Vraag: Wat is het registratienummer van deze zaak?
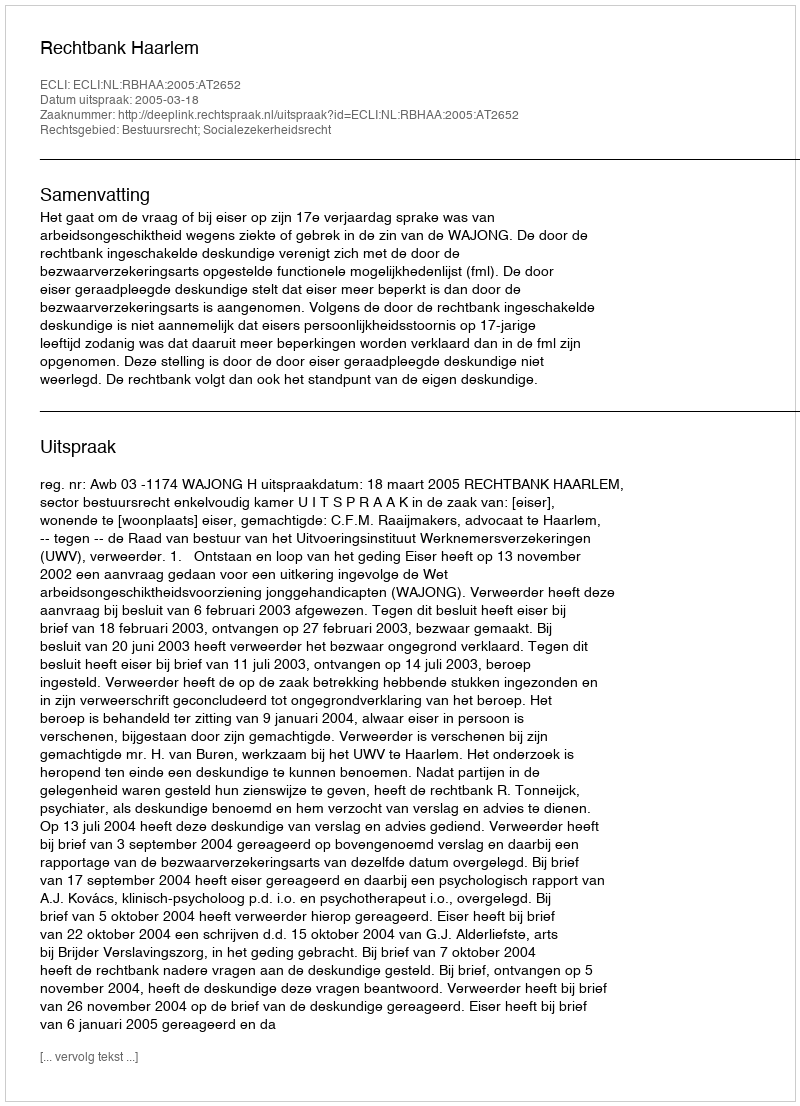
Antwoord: http://deeplink.rechtspraak.nl/uitspraak?id=ECLI:NL:RBHAA:2005:AT2652